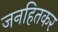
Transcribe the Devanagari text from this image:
जनहितकर